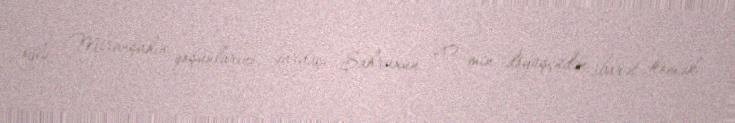
oğlu Miranşahın qoşunlarını, qardaşı Şahruxun 20 min döyüşçüdən ibarət kömək